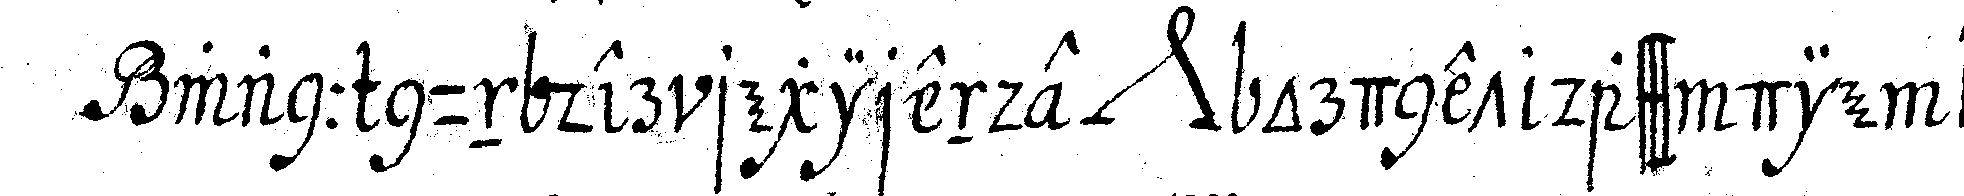
wann nun der regirende *nee* ordnet dass die ar